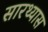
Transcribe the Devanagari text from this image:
सारथ्यास